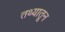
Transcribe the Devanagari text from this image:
तथ्यातून